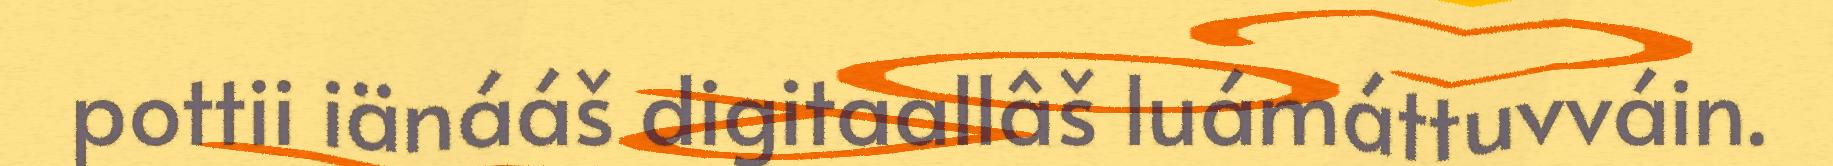
pottii iänááš digitaallâš luámáttuvváin.